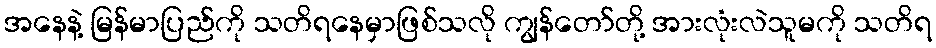
အနေနဲ့ မြန်မာပြည်ကို သတိရနေမှာဖြစ်သလို ကျွန်တော်တို့ အားလုံးလဲသူမကို သတိရ